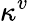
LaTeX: \kappa^{v}